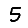
Digit: 5